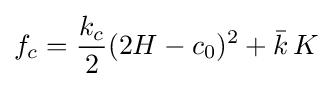
f_{c}={\frac {k_{c}}{2}}(2H-c_{0})^{2}+{\bar {k}}\,K